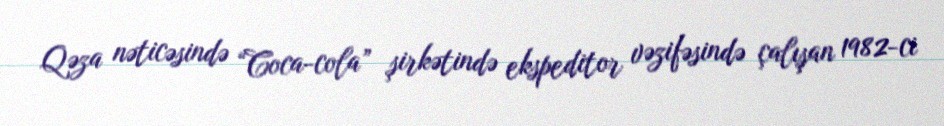
Qəza nəticəsində “Coca-cola” şirkətində ekspeditor vəzifəsində çalışan 1982-ci